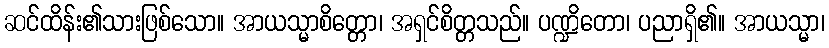
ဆင်ထိန်း၏သားဖြစ်သော။ အာယသ္မာစိတ္တော၊ အရှင်စိတ္တသည်။ ပဏ္ဍိတော၊ ပညာရှိ၏။ အာယသ္မာ၊